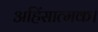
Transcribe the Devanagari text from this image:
अहिंसात्मक।